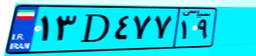
۱۳D۴۷۷۱۹